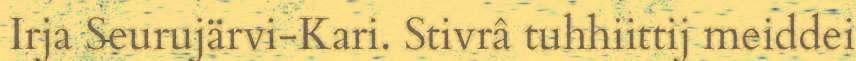
Irja Seurujärvi-Kari. Stivrâ tuhhiittij meiddei